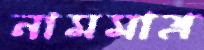
নামমাত্র